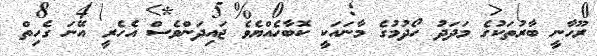
ރޫހާނީ ބާރުތަކުގެ މަދަދު ހޯދުމުގެ މާނައަކީ ކޮބާހެއްޔެވެ ޖައިދަންވެސް އެހެރީ އޭނަ ގެހިތް